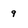
Character: 9